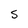
Character: 5